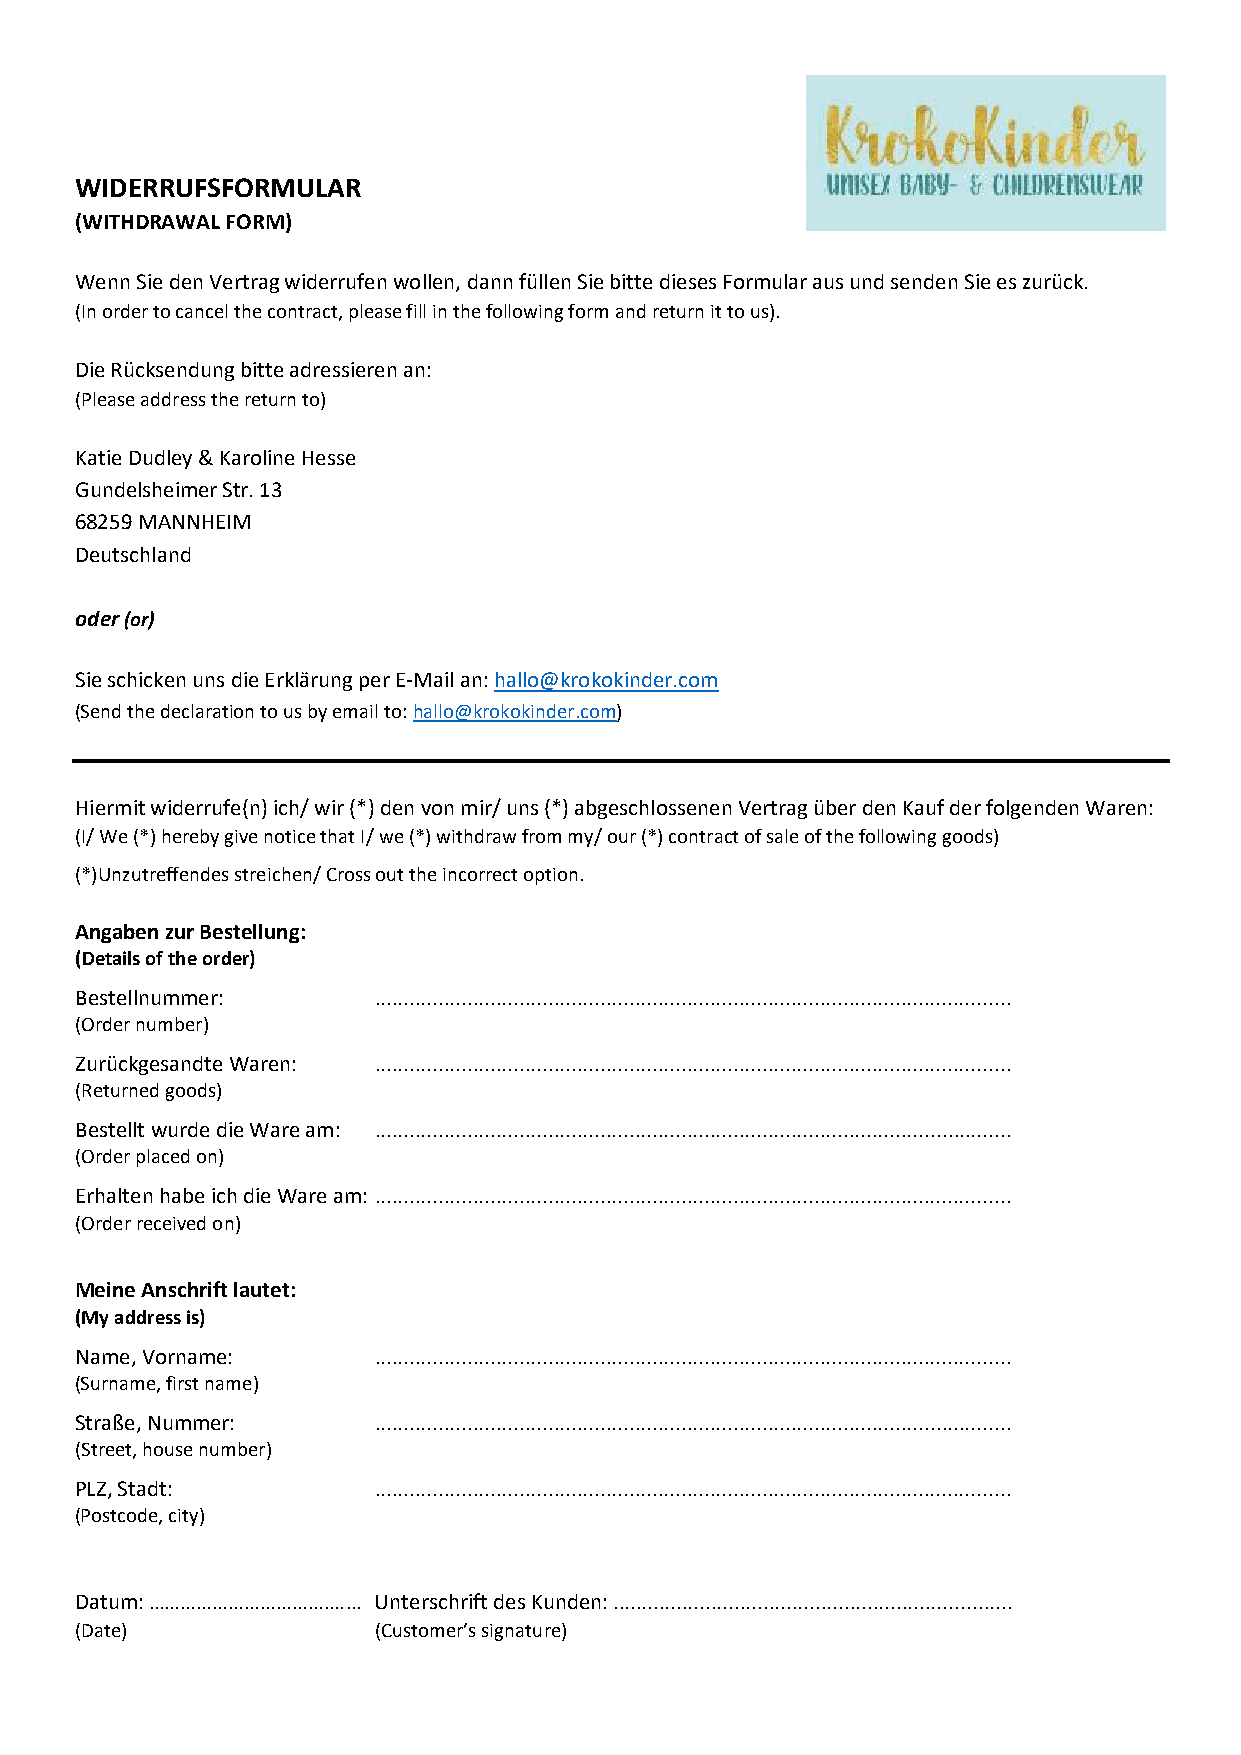
WIDERRUFSFORMULAR
 (WITHDRAWAL FORM)
 Wenn Sie den Vertrag widerrufen wollen, dann füllen Sie bitte dieses Formular aus und senden Sie es zurück.
 (In order to cancel the contract, please fill in the following form and return it to us).
 Die Rücksendung bitte adressieren an:
 (Please address the return to)
 Katie Dudley & Karoline Hesse
 Gundelsheimer Str. 13
 68259 MANNHEIM
 Deutschland
 oder (or)
 Sie schicken uns die Erklärung per E-Mail an: hallo@krokokinder.com
 (Send the declaration to us by email to: hallo@krokokinder.com)
 Hiermit widerrufe(n) ich/ wir (*) den von mir/ uns (*) abgeschlossenen Vertrag über den Kauf der folgenden Waren:
 (I/ We (*) hereby give notice that I/ we (*) withdraw from my/ our (*) contract of sale of the following goods)
 (*)Unzutreffendes streichen/ Cross out the incorrect option.
 Angaben zur Bestellung:
 (Details of the order)
 Bestellnummer:      ..............................................................................................................
 (Order number)
 Zurückgesandte Waren: ..............................................................................................................
 (Returned goods)
 Bestellt wurde die Ware am: ..............................................................................................................
 (Order placed on)
 Erhalten habe ich die Ware am: ..............................................................................................................
 (Order received on)
 Meine Anschrift lautet:
 (My address is)
 Name, Vorname:      ..............................................................................................................
 (Surname, first name)
 Straße, Nummer:     ..............................................................................................................
 (Street, house number)
 PLZ, Stadt:         ..............................................................................................................
 (Postcode, city)
 Datum: …………………………….…… Unterschrift des Kunden: .....................................................................
 (Date)              (Customer’s signature)